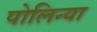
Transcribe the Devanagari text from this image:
पोलिन्या